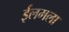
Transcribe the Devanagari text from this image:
ईलमला